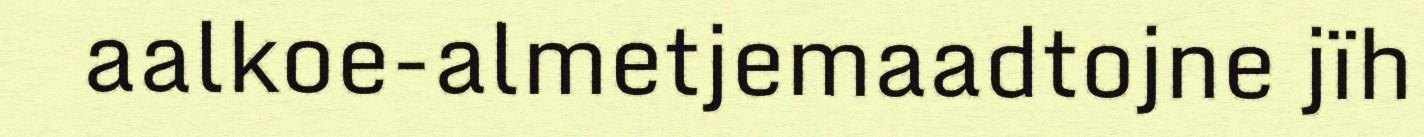
aalkoe-almetjemaadtojne jïh